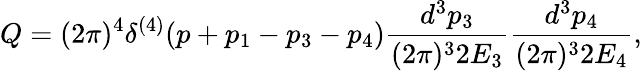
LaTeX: Q=(2\pi)^{4}\delta^{(4)}(p+p_{1}-p_{3}-p_{4})\frac{d^{3}p_{3}}{(2\pi)^{3}2E_{3}}\frac{d^{3}p_{4}}{(2\pi)^{3}2E_{4}},